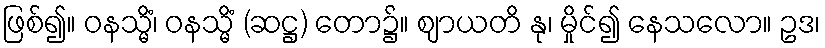
ဖြစ်၍။ ဝနသ္မိံ၊ ဝနသ္မိံ (ဆဋ္ဌ) တော၌။ ဈာယတိ နု၊ မှိုင်၍ နေသလော။ ဥဒ၊